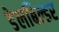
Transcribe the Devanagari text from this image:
डेलबिल्डर